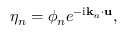
\eta _ { n } = \phi _ { n } e ^ { - \mathrm { i } \mathbf { k } _ { n } \cdot \mathbf { u } } ,